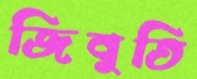
জিবুতি